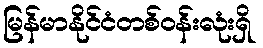
မြန်မာနိုင်ငံတစ်ဝန်းလုံးရှိ